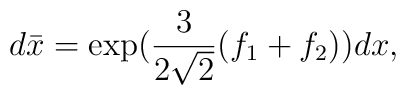
d \bar{x} = \exp ( \frac{3}{2 \sqrt{2}} (f_1 + f_2 ) )dx ,